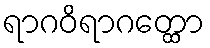
ရာဂဝိရာဂတ္ထော